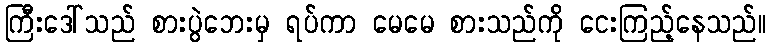
ကြီးဒေါ်သည် စားပွဲဘေးမှ ရပ်ကာ မေမေ စားသည်ကို ငေးကြည့်နေသည်။